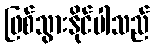
ဖြစ်သွားနိုင်ပါသည်